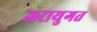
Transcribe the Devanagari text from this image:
जरायुगत